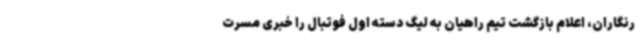
رنگاران، اعلام بازگشت تیم راهیان به لیگ دسته اول فوتبال را خبری مسرت